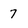
Character: 7